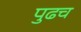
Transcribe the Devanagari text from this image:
पुढच